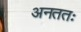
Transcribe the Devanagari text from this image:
अनततः